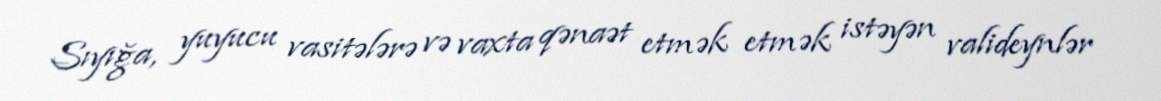
Sıyığa, yuyucu vasitələrə və vaxta qənaət etmək etmək istəyən valideynlər